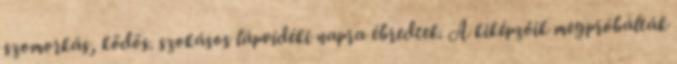
szomorkás, ködös. szokásos lápvidéki napra ébredtek. A kiképzőik megpróbálták